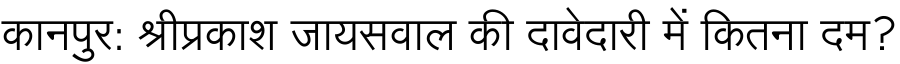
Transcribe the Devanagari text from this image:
कानपुर: श्रीप्रकाश जायसवाल की दावेदारी में कितना दम?